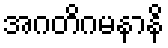
အဂတိဂမနာနိ